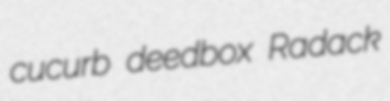
cucurb deedbox Radack